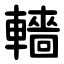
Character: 轖